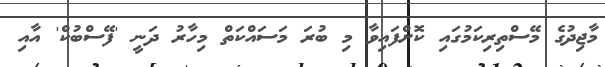
މާޖިދުގެ މޭސްތިރިކަމުގައި ކޮށްފައިވާ މި ބުރަ މަސައްކަތް މިހާރު ދަނީ 'ފޭސްބުކް' އާއި